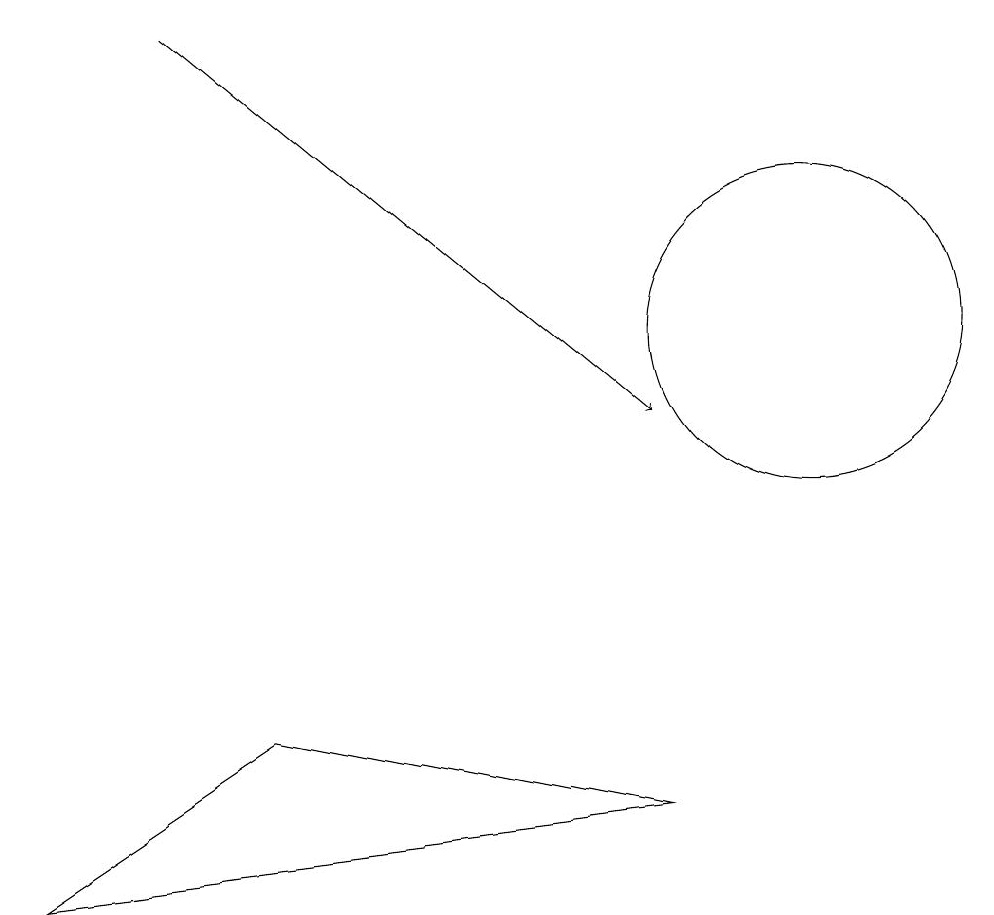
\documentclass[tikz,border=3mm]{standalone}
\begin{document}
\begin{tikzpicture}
\draw[->] (3,15) -- (9,10);
\draw (9,5) -- (4,6) -- (1,4) -- cycle;
\draw (11,11) circle (2);
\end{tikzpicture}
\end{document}